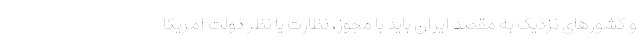
و کشورهای نزدیک به مقصد ایران باید با مجوز، نظارت یا نظر دولت امریکا